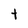
Character: t